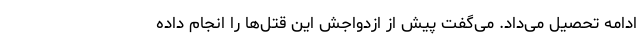
ادامه تحصیل می‌داد. می‌گفت پیش از ازدواجش این قتل‌ها را انجام داده